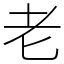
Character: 老